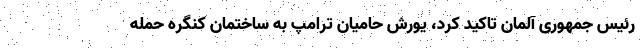
رئیس جمهوری آلمان تاکید کرد، یورش حامیان ترامپ به ساختمان کنگره حمله